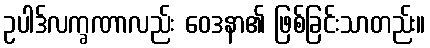
ဥပါဒ်လက္ခဏာလည်း ဝေဒနာ၏ ဖြစ်ခြင်းသာတည်း။